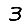
Digit: 3